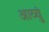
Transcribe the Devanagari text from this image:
आव्युं